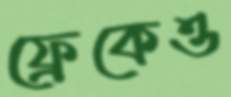
ফ্রেকেও